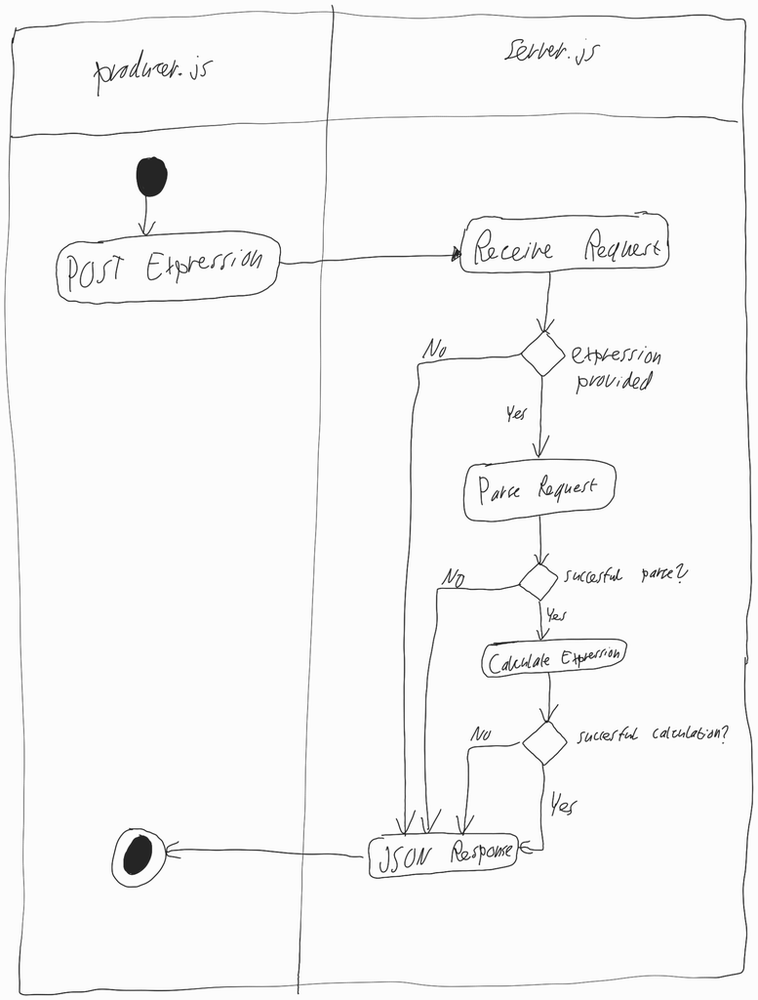
Diagram type: activity_diagram
```plantuml
@startuml

|producer.js|

start

:POST Expression;

|server.js|

:Receive Request;

if (expression provided) then (Yes)
  :Parse Request;

  if (successful parse?) then (Yes)
    :Calculate Expression;

    if (successful calculation?) then (Yes)
    else (No)
    endif
  else (No)
  endif

else (No)
endif

:JSON Response;

|producer.js|

stop

@enduml
```